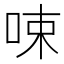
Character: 𠲿